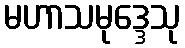
မဟာသမုဒ္ဒေသု